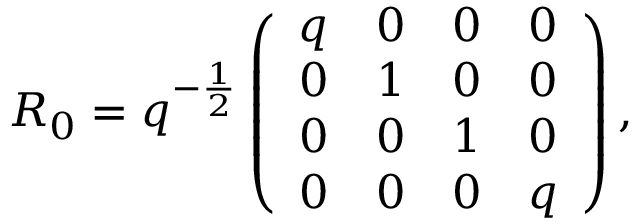
{ \cal R } _ { 0 } = q ^ { - \frac 1 2 } \left( \begin{array} { c c c c } { { q } } & { { 0 } } & { { 0 } } & { { 0 } } \\ { { 0 } } & { { 1 } } & { { 0 } } & { { 0 } } \\ { { 0 } } & { { 0 } } & { { 1 } } & { { 0 } } \\ { { 0 } } & { { 0 } } & { { 0 } } & { { q } } \end{array} \right) ,